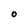
Character: O